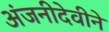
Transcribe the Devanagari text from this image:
अंजनीदेवीने